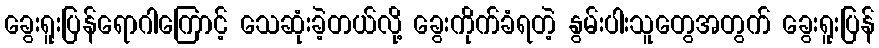
ခွေးရူးပြန်ရောဂါကြောင့် သေဆုံးခဲ့တယ်လို့ ခွေးကိုက်ခံရတဲ့ နွမ်းပါးသူတွေအတွက် ခွေးရူးပြန်